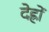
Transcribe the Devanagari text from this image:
देह्रों